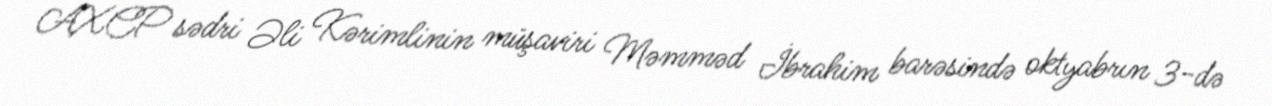
AXCP sədri Əli Kərimlinin müşaviri Məmməd İbrahim barəsində oktyabrın 3-də